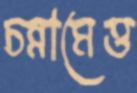
চন্নামেত্ত